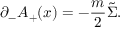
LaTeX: { \partial } _ { - } A _ { + } ( x ) = - \frac { m } { 2 } \tilde { \Sigma } .